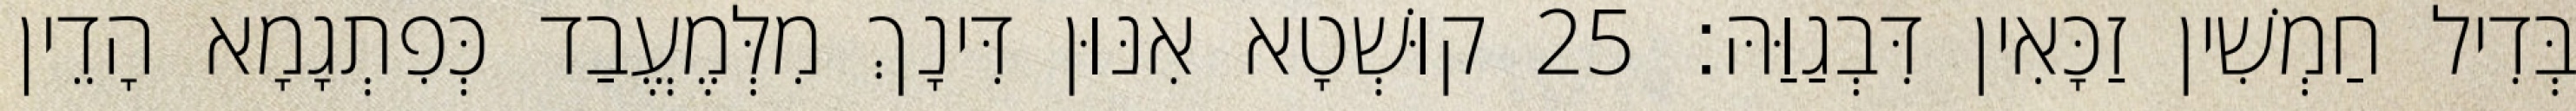
בְּדִיל חַמְשִׁין זַכָּאִין דִּבְגַוַּהּ׃ 25 קוּשְׁטָא אִנּוּן דִּינָךְ מִלְּמֶעֱבַד כְּפִתְגָמָא הָדֵין